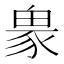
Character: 𧱋